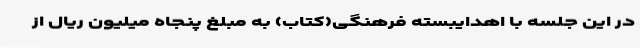
در این جلسه با اهدایبسته فرهنگی(کتاب) به مبلغ پنجاه میلیون ریال از